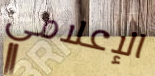
الإعلامي